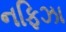
નફિઝા